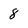
Character: 8